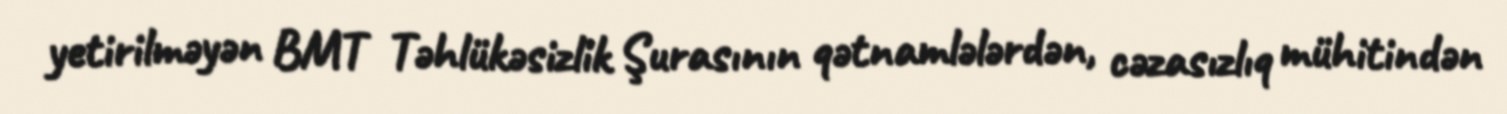
yetirilməyən BMT Təhlükəsizlik Şurasının qətnamlələrdən, cəzasızlıq mühitindən